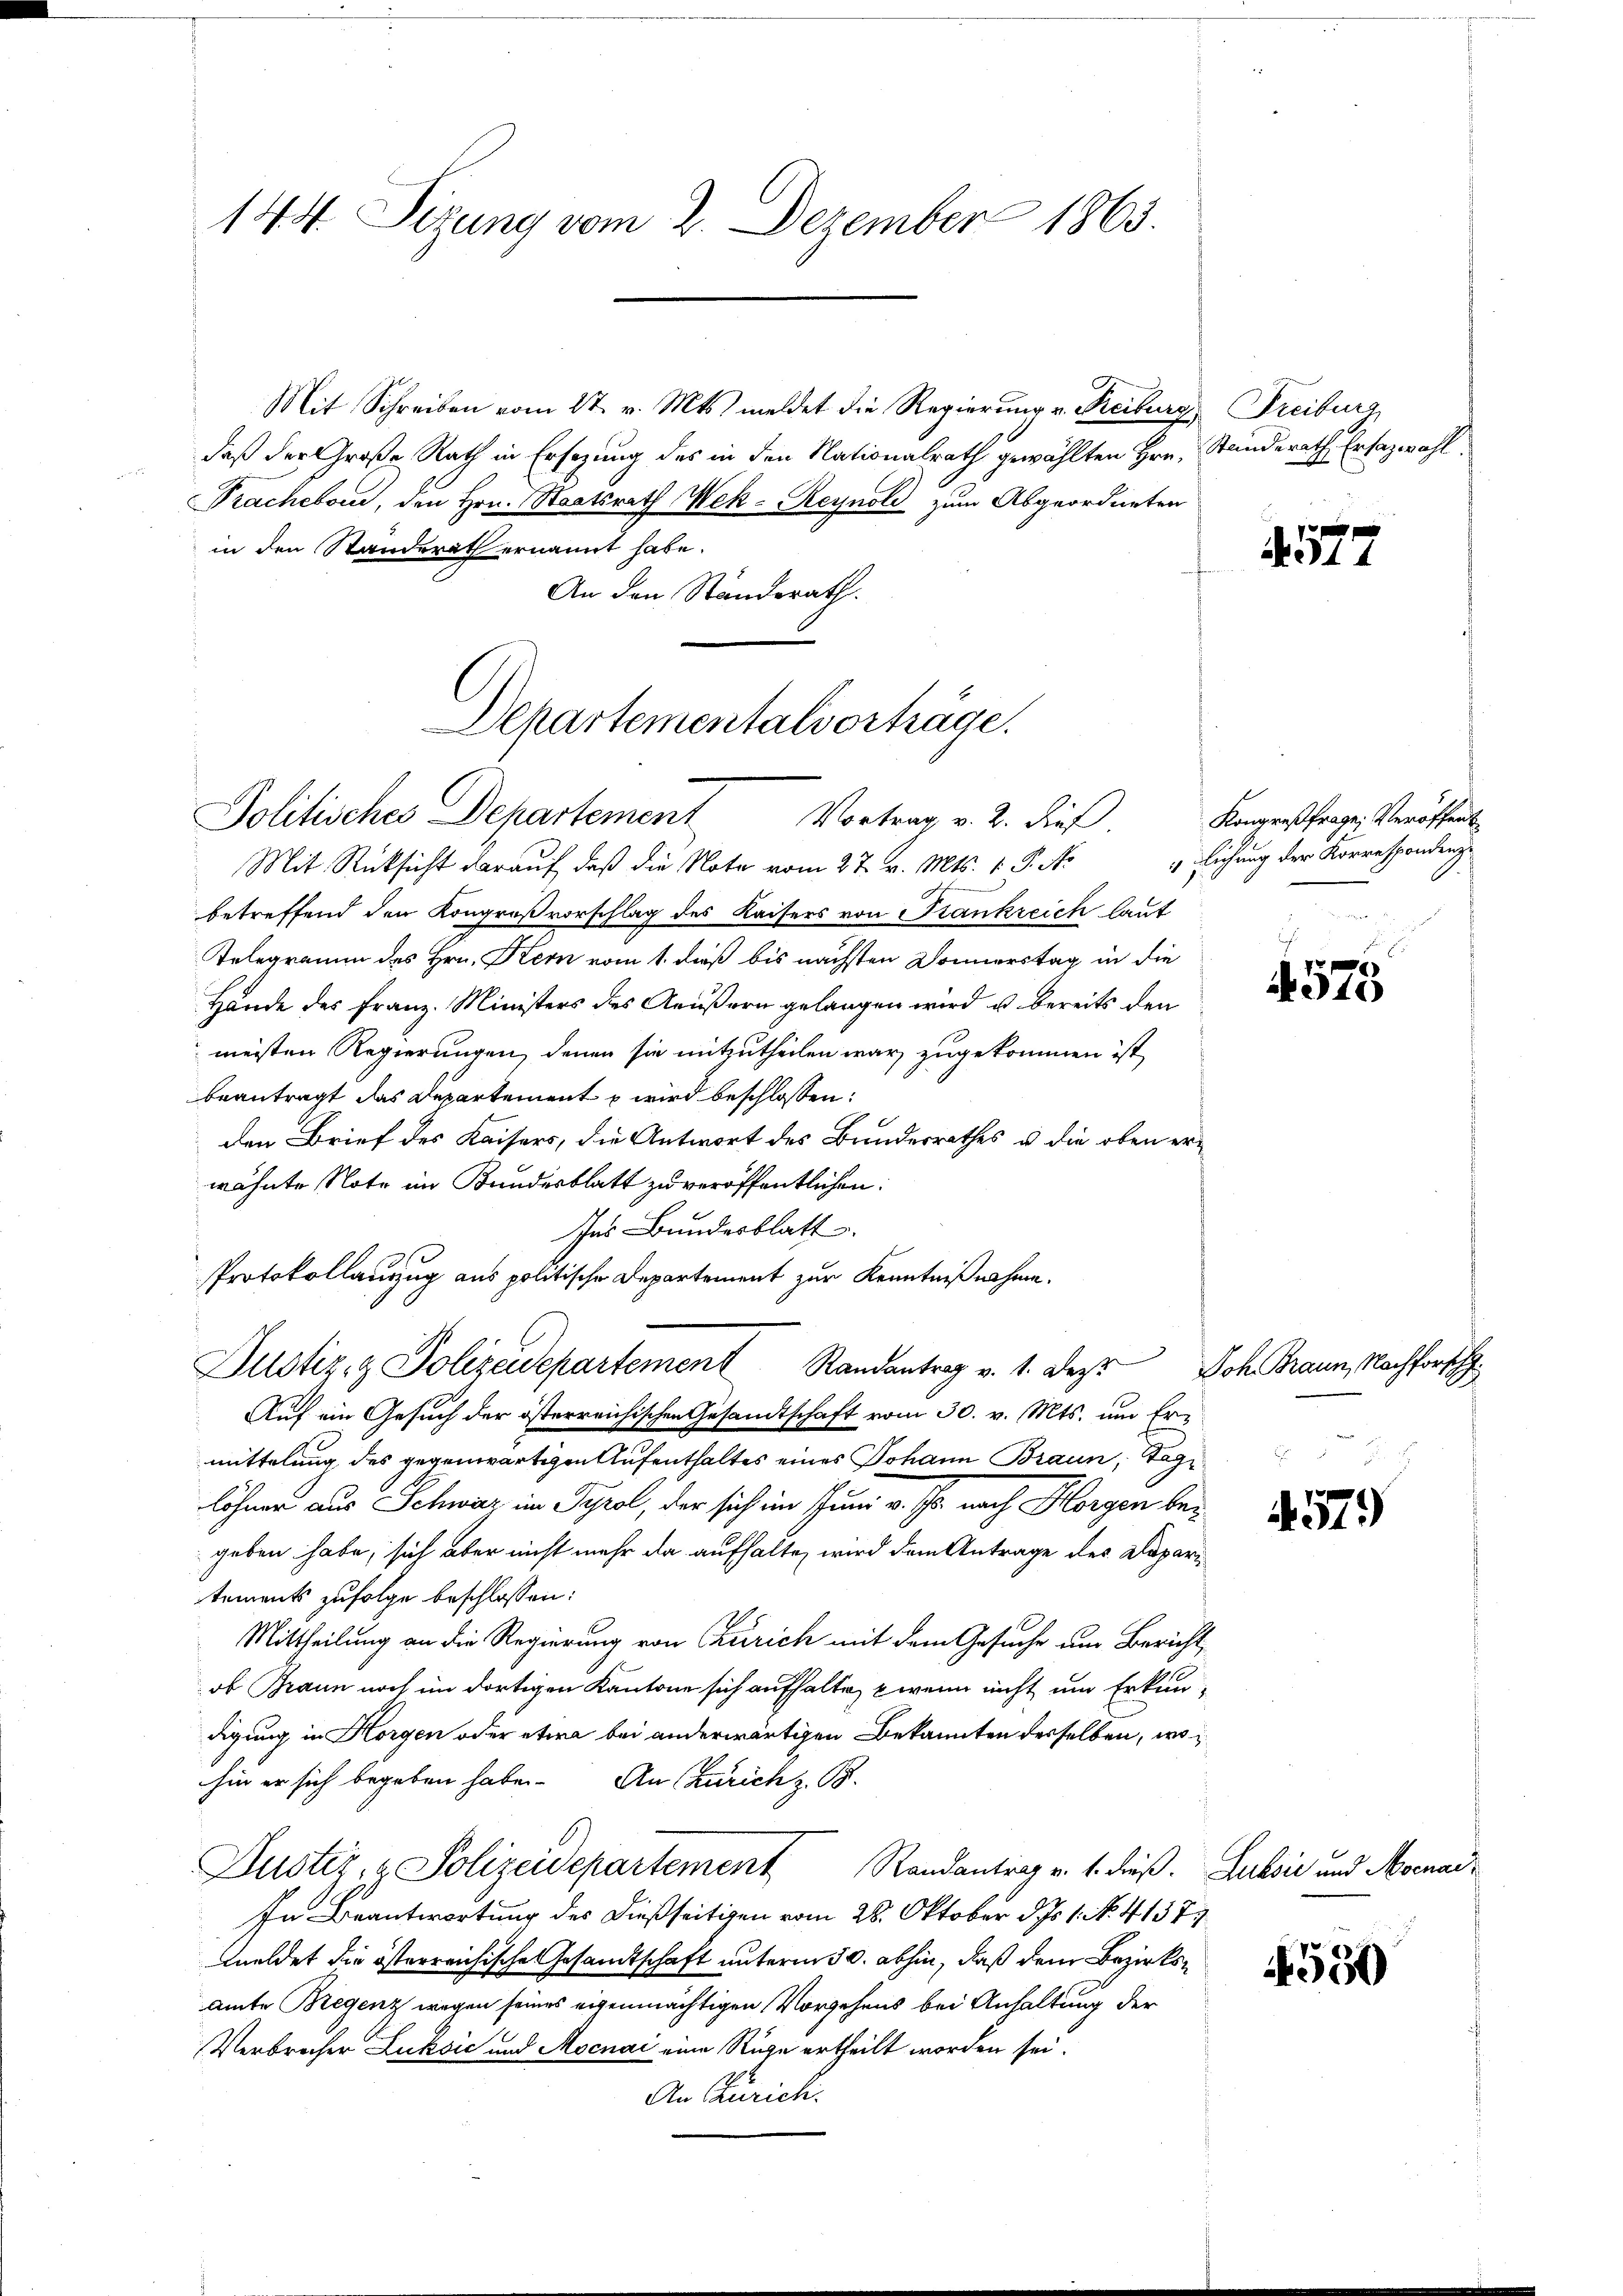
144. Sizung vom 2. Dezember 1863.

Mit Schreiben vom 27. v. Mts. meldet die Regierung v. Freiburg
daß der Große Rath in Ersezung des in den Nationalrath gewählten Hrn. Standerath Erfazwahl
Prachebour, den Hrn. Staatsrath Wek-Reynold zum Abgeordneten
in den Standerath ernannt habe.
An den Standerath.

Departementalvorträge.
Politisches Departement Vortrag v. 2. dieß.

Mit Rücksicht darauf, daß die Note vom 27. v. Mts. v. J. A.
betreffend den Kongroßvorschlag des Kaisers von Frankreich laut
Telegramm des Hrn. Kern vom 1. daß bis nächsten Donnerstag in die
Hände des Franz. Ministers des Aeußern gelangen wird u. bereits den
meisten Regierungen, denen sie mitzutheilen war, zugekommen ist,
beantragt das Departement u wird beschlossen:
den Brief des Kaisers, die Antwort des Bundesrathes u. die oben erwähnte Note im Bundesblatt zu veröffentlichen:
Ins Bundesblatt
Protokollauszug aus politische Departement zur Kenntnißnahme.
Auf ein Gesuch der österreichischen Gesandtschaft vom 30. v. Mts. um Ermittelung des gegenwärtigen Aufenthaltes eines Johann Braun, Taglöhnen aus Schweiz im Tyrol, der sich im Sinn v. Js. nach Horgen begeben habe, sich aber nicht mehr da aufhalte, wird dem Antrage des Deparitements zufolge beschlossen:
Mittheilung an die Regierung von Churich mit dem Gesuche nur Bericht
ob Braun noch im dortigen Kantone sich aufhalte, wenn nicht um Erkun-
digung in Horgen oder etwa bei anderwärtigen Bekannten derselben, wohin er sich begeben habe. An (Zürich z. B.
Justiz- & Polizeidepartement Randantrag v. 1. dieß. Luksić und Mocnac¬
In Beantwortung des dießseitigen vom 28. Oktober d. Js. 1. No. 41377
meldet die österreichische Gesandtschaft unterm 30. abhin, daß dem Bezirksamte Bregenz wegen seines eigenmächtigen Vorgehens bei Anhaltung der
Verbrecher Luksić und Mocnai eine Rüge ertheilt worden sei.
An Zürich.

Justiz & Polizeidepartement Randantrag v. 1. Dez. Joh. Braun, Nachforsch

Freiburg

4577

Kongreßfrage, Veröffent
 Eichung der Korrespondenz

f x
940

579

4530